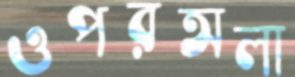
ওপরঅলা